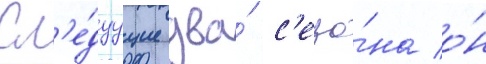
Сл'е́дуущие два́ с'езо́на о́н